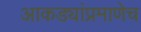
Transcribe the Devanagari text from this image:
आकड्यांप्रमाणेच